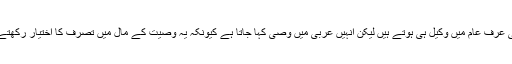
یہ بھی عرفِ عام میں وکیل ہی ہوتے ہیں لیکن انہیں عربی میں وصی کہا جاتا ہے کیونکہ یہ وصیت کے مال میں تصرف کا اختیار رکھتے ہیں ۔